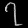
Digit: ၇